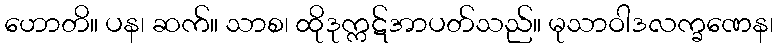
ဟောတိ။ ပန၊ ဆက်။ သာစ၊ ထိုဒုက္ကဋ်အာပတ်သည်။ မုသာဝါဒလက္ခဏေန၊